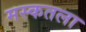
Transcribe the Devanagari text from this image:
मस्कतला